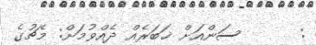
:      ސަންއަށް ޚަބަރެއް ދެއްވުމަށް: މެޗުގެ